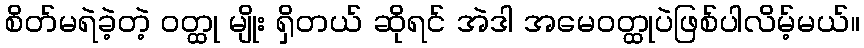
စိတ်မရဲခဲ့တဲ့ ဝတ္ထု မျိုး ရှိတယ် ဆိုရင် အဲဒါ အမေဝတ္ထုပဲဖြစ်ပါလိမ့်မယ်။